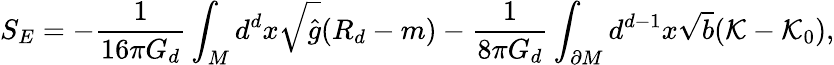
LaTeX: S_{E}=-\frac{1}{16\pi G_{d}}\int_{M}d^{d}x\sqrt{\hat{g}}(R_{d}-m)-\frac{1}{8\pi G_{d}}\int_{\partial M}d^{d-1}x\sqrt{b}({\cal{K}}-{\cal{K}}_{0}),